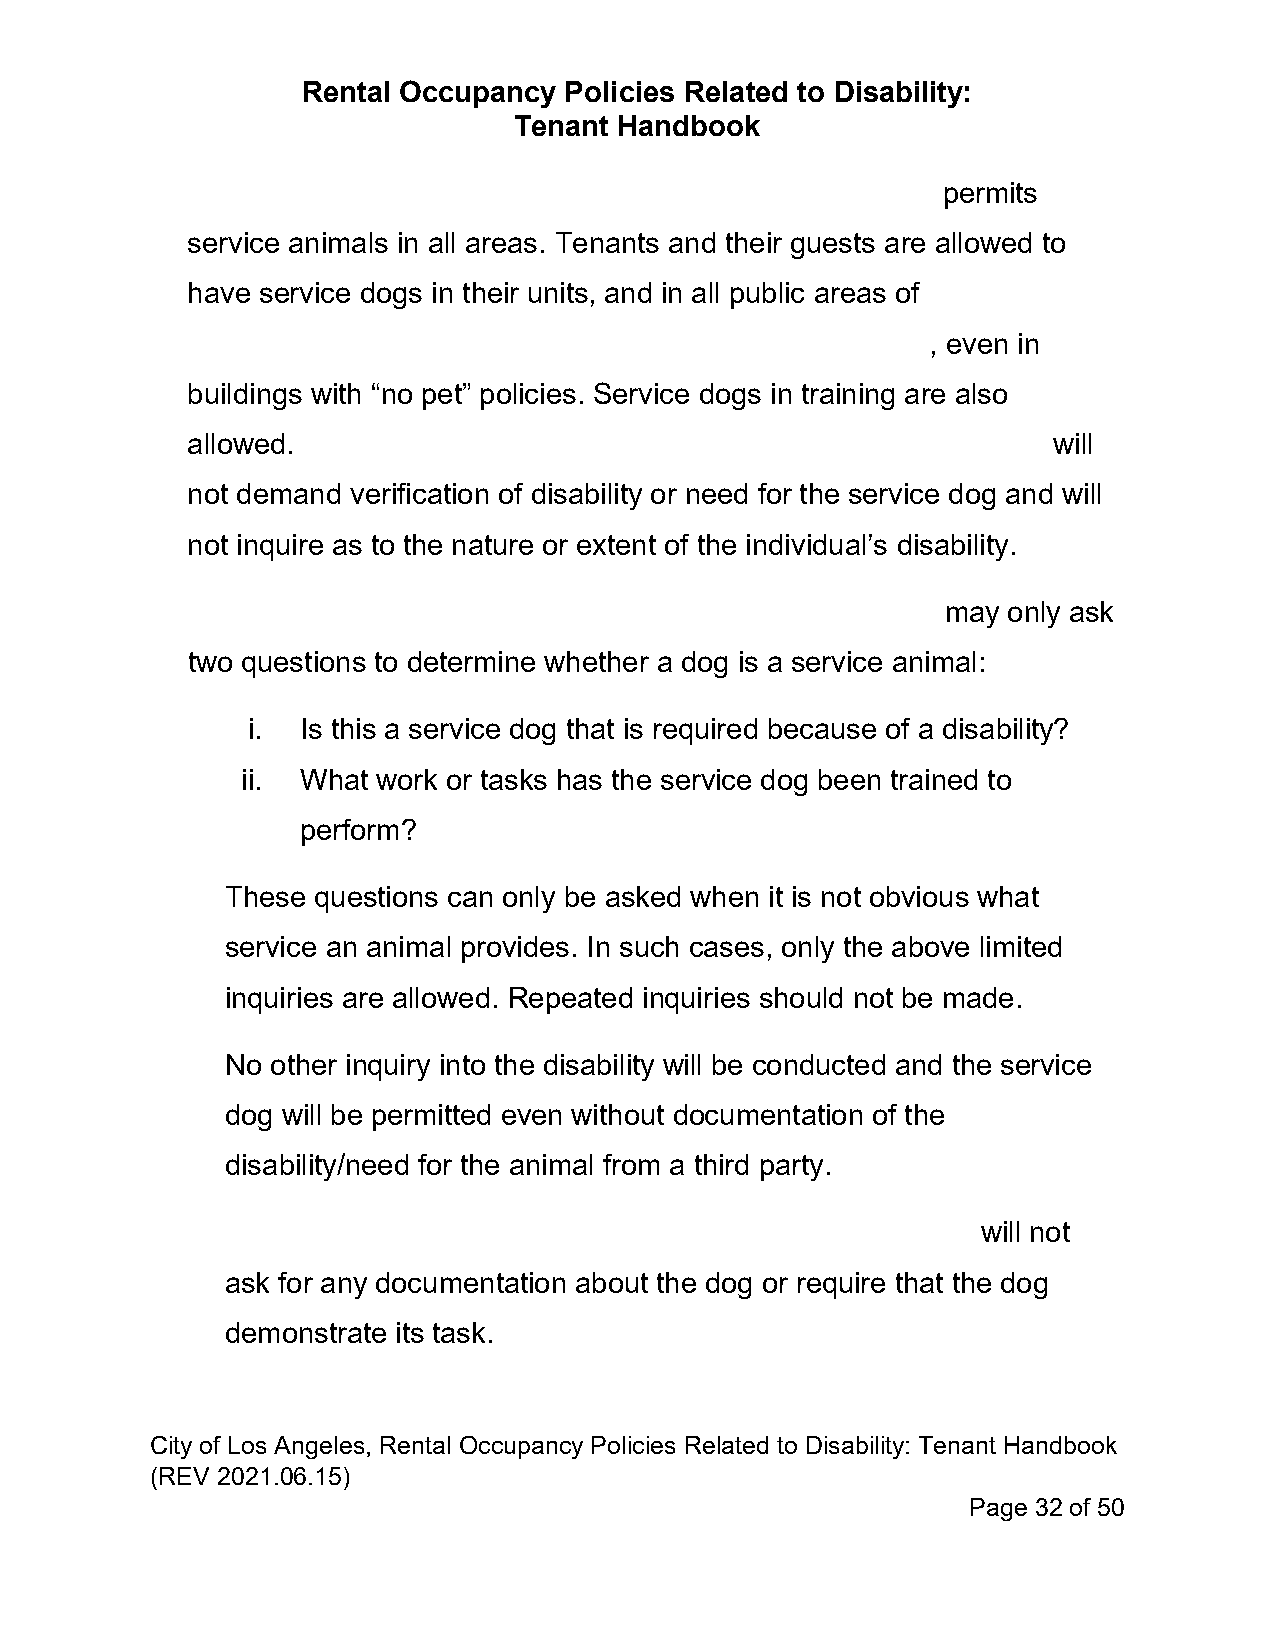
Rental Occupancy Policies Related to Disability:
 Tenant Handbook
 permits
 service animals in all areas. Tenants and their guests are allowed to
 have service dogs in their units, and in all public areas of
 , even in
 buildings with “no pet” policies. Service dogs in training are also
 allowed.                                                  will
 not demand verification of disability or need for the service dog and will
 not inquire as to the nature or extent of the individual’s disability.
 may only ask
 two questions to determine whether a dog is a service animal:
 i.  Is this a service dog that is required because of a disability?
 ii. What work or tasks has the service dog been trained to
 perform?
 These questions can only be asked when it is not obvious what
 service an animal provides. In such cases, only the above limited
 inquiries are allowed. Repeated inquiries should not be made.
 No other inquiry into the disability will be conducted and the service
 dog will be permitted even without documentation of the
 disability/need for the animal from a third party.
 will not
 ask for any documentation about the dog or require that the dog
 demonstrate its task.
 City of Los Angeles, Rental Occupancy Policies Related to Disability: Tenant Handbook
 (REV 2021.06.15)
 Page 32 of 50